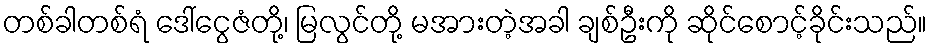
တစ်ခါတစ်ရံ ဒေါ်ငွေဇံတို့၊ မြလွင်တို့ မအားတဲ့အခါ ချစ်ဦးကို ဆိုင်စောင့်ခိုင်းသည်။